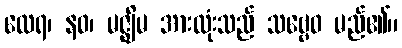
ထေရ၊ နဝ၊ မဇ္ဈိမ အားလုံးသည် သဗ္ဗေဝ မည်၏။